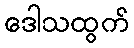
ဒေါသထွက်